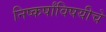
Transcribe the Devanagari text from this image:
निष्कर्षांविषयीचे